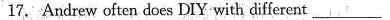
17.Andrew often does DIY with different___